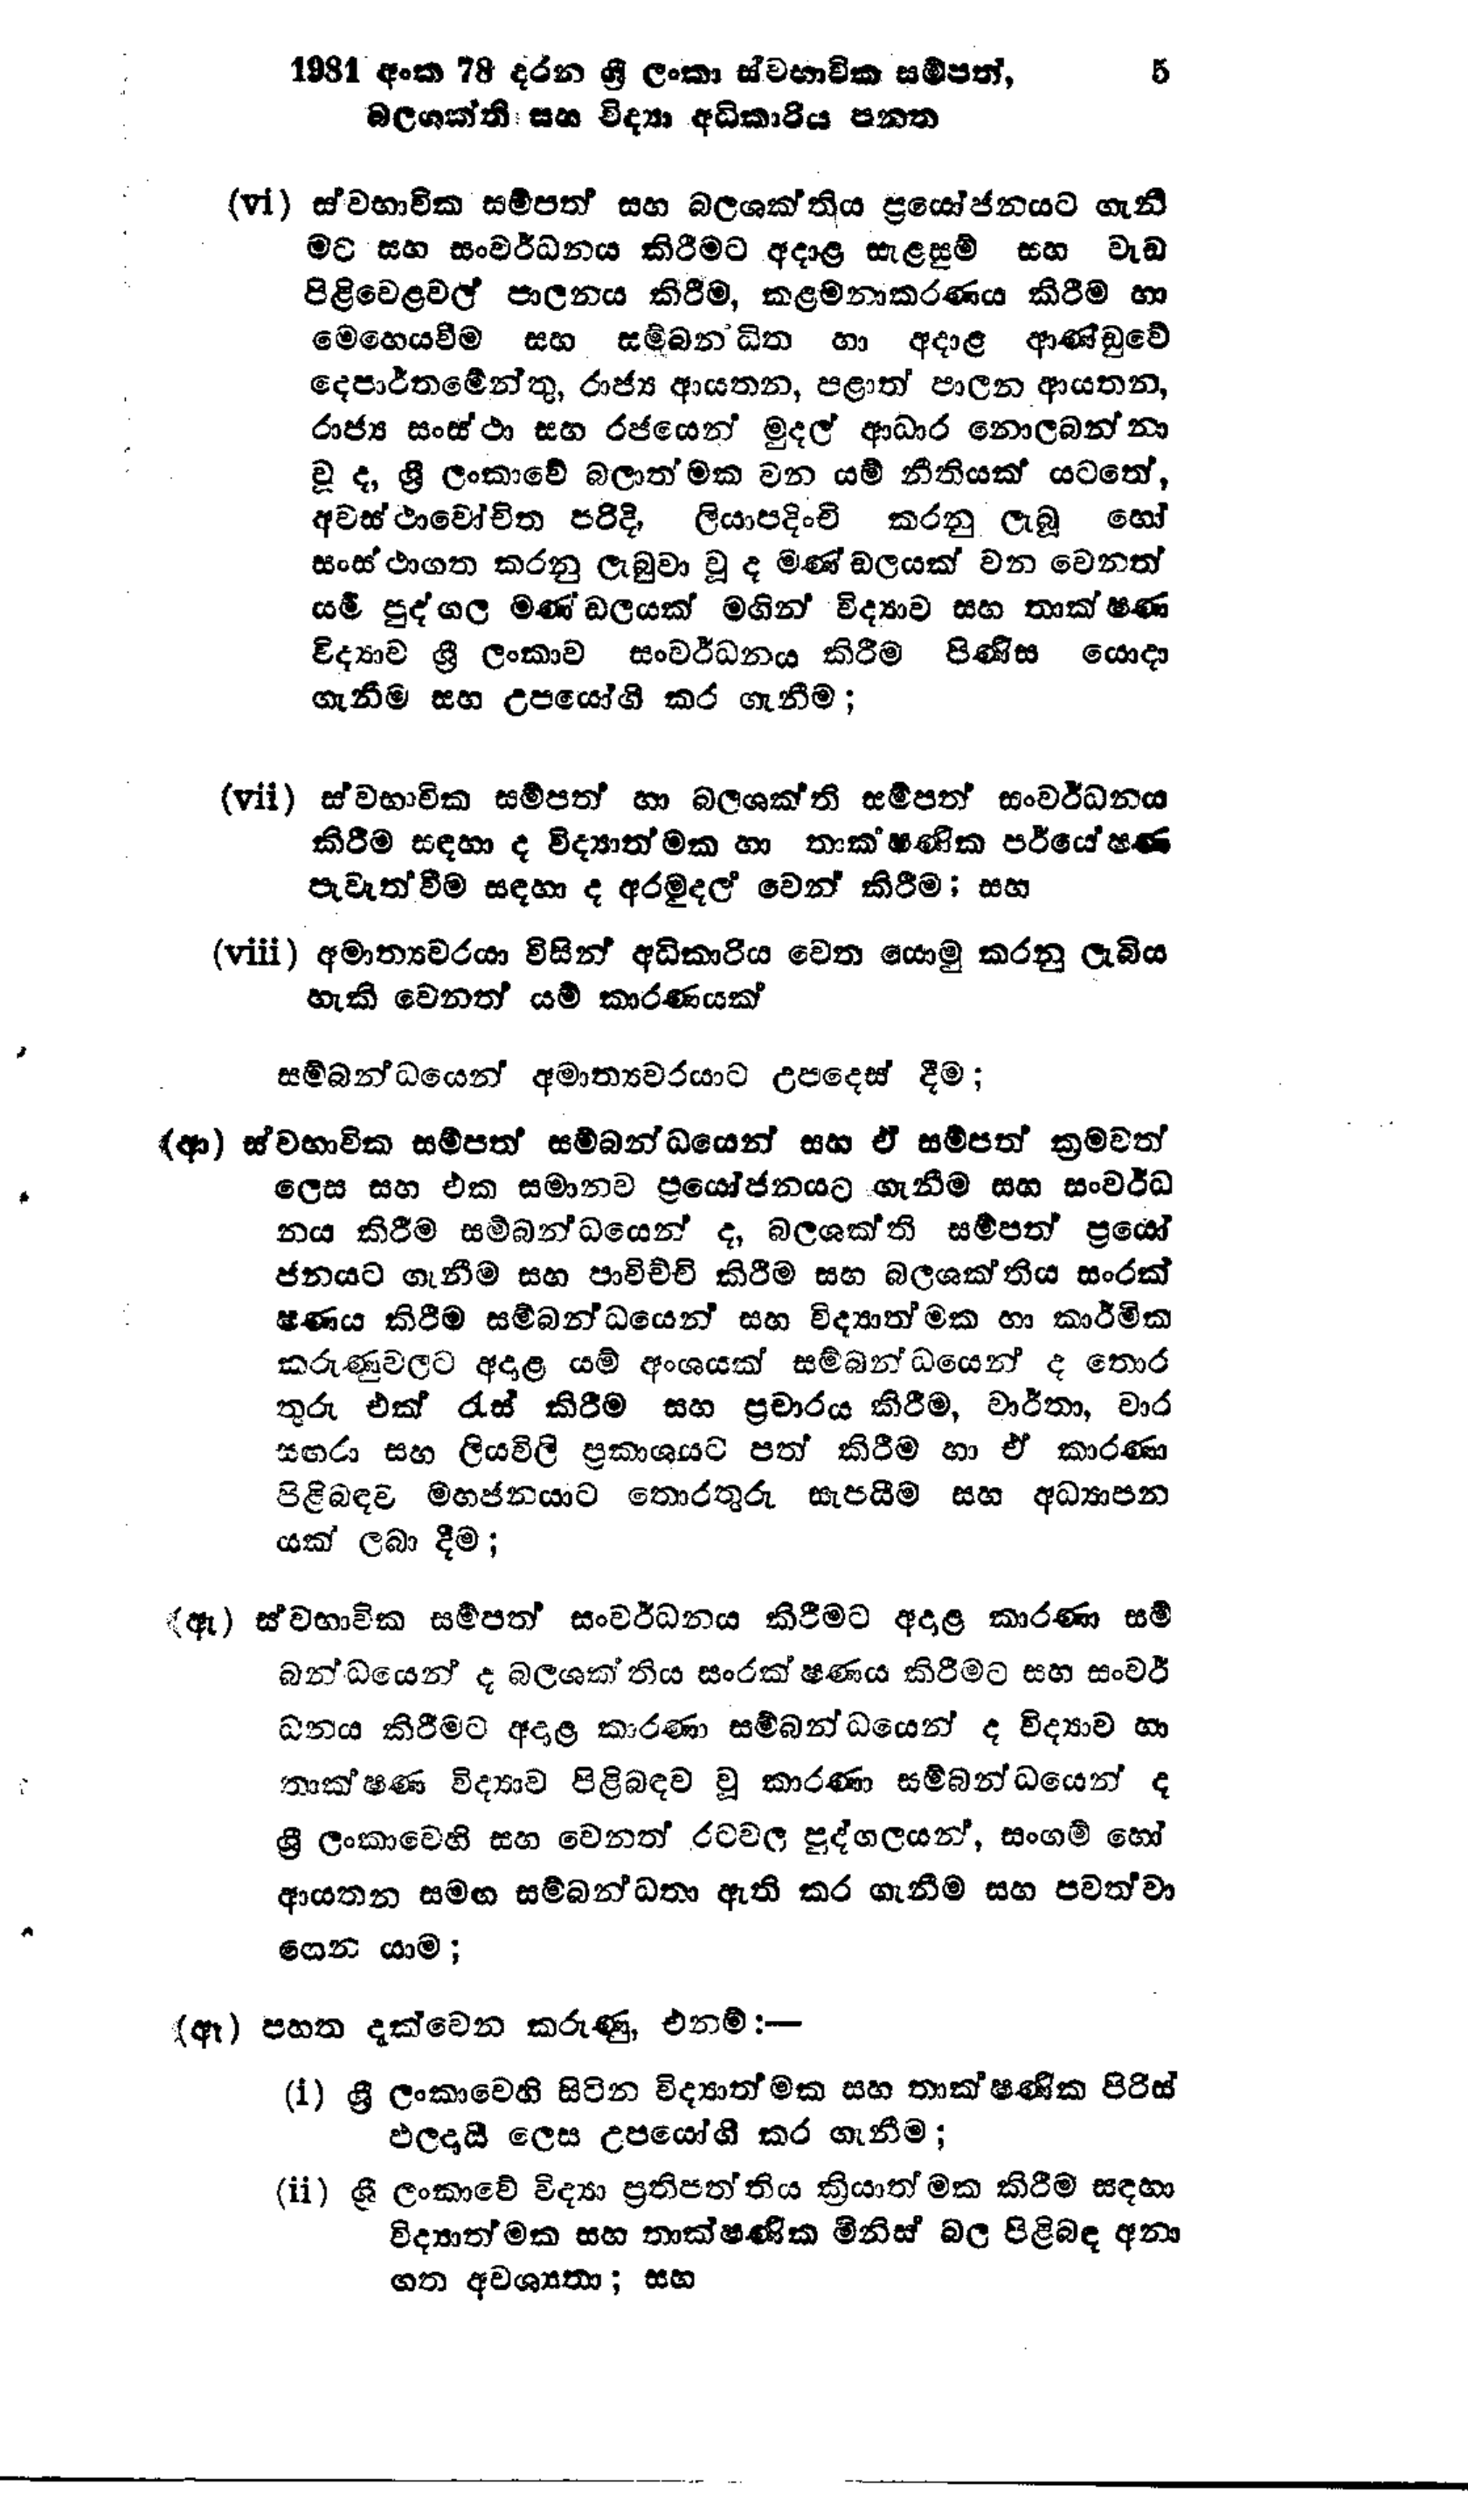
1981 අංක 78 දරන ශ්‍රී ලංකා ස්වභාවික සම්පත්,  5
බලශක්ති සහ විද්‍යා අධිකාරිය පනත

(vi) ස්වභාවික සම්පත් සහ බලශක්තිය ප්‍රයෝජනයට ගැනී
මට සහ සංවර්ධනය කිරීමට අදාළ සැළසුම් සහ වැඩ
පිළිවෙළවල් පාලනය කිරීම, කළමනාකරණය කිරීම හා
මෙහෙයවීම සහ සම්බන්ධිත හා අදාළ ආණ්ඩුවේ
දෙපාර්තමේන්තු, රාජ්‍ය ආයතන, පළාත් පාලන ආයතන,
රාජ්‍ය සංස්ථා සහ රජයෙන් මුදල් ආධාර නොලබන්නා
වූ ද, ශ්‍රී ලංකාවේ බලාත්මක වන යම් නීතියක් යටතේ,
අවස්ථාවෝචිත පරිදි, ලියාපදිංචි කරනු ලැබූ හෝ
සංස්ථාගත කරනු ලැබුවා වූ ද මණ්ඩලයක් වන වෙනත්
යම් පුද්ගල මණ්ඩලයක් මගින් විද්‍යාව සහ තාක්ෂණ
විද්‍යාව ශ්‍රී ලංකාව සංවර්ධනය කිරීම පිණිස යොදා
ගැනීම සහ උපයෝගී කර ගැනීම;

(vii) ස්වභාවික සම්පත් හා බලශක්ති සම්පත් සංවර්ධනය
කිරීම සඳහා ද විද්‍යාත්මක හා තාකෂණික පර්යේෂණ
පැවැත්වීම සඳහා අරමුදල වෙන් කිරීම; සහ

(viii) අමාත්‍යවරයා විසින් අධිකාරිය වෙත යොමු කරනු ලැබිය
හැකි වෙනත් යම් කාරණයක්

සම්බන්ධයෙන් අමාත්‍යවරයාට උපදෙස් දීම;

(ආ) ස්වභාවික සම්පත් සම්බන්ධයෙන් සහ ඒ සම්පත් ක්‍රමවත්
ලෙස සහ එක සමානව ප්‍රයෝජනයට ගැනීම සහ සංවර්ධ
නය කිරීම සම්බන්ධයෙන් ද, බලශක්ති සම්පත් ප්‍රයෝ
ජනයට ගැනීම සහ පාවිච්චි කිරීම සහ බලශක්තිය සංරක්
ෂණය කිරීම සම්බන්ධයෙන් සහ විද්‍යාත්මක හා කාර්මික
කරුණුවලට අදාළ යම් අංශයක් සම්බන්ධයෙන් ද තොර
තුරු එක් රැස් කිරීම සහ ප්‍රචාරය කිරීම, වාර්තා, වාර
සඟරා සහ ලියවිලි ප්‍රකාශයට පත් කිරීම හා ඒ කාරණා
පිළිබඳව මහජනයාට තොරතුරු සැපයීම සහ අධ්‍යාපන
යක් ලබා දීම;

(ඇ) ස්වභාවික සම්පත් සංවර්ධනය කිරීමට අදාළ කාරණා සම්
බන්ධයෙන් ද බලශක්තිය සංරක්ෂණය කිරීමට සහ සංවර්
ධනය කිරීමට අදාළ කාරණා සම්බන්ධයෙන් ද විද්‍යාව හා
තාක්ෂණ විද්‍යාව පිළිබඳව වූ කාරණා සම්බන්ධයෙන් ද
ශ්‍රී ලංකාවෙහි සහ වෙනත් රටවල පුද්ගලයන්, සංගම් හෝ
ආයතන සමඟ සම්බන්ධතා ඇති කර ගැනීම සහ පවත්වා
ගෙන යාම;

(ඈ) පහත දැක්වෙන කරුණු, එනම්:--

(i) ශ්‍රී ලංකාවෙහි සිටින විද්‍යාත්මක සහ තාක්ෂණික පිරිස්
ඵලදායී ලෙස උපයෝගී කර ගැනීම;

(ii) ශ්‍රී ලංකාවේ විද්‍යා ප්‍රතිපත්තිය ක්‍රියාත්මක කිරීම සඳහා
විද්‍යාත්මක සහ තාක්ෂණික මිනිස් බල පිළිබඳ අනා
ගත අවශ්‍යතා; සහ